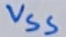
Text: VSS